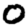
Digit: 0